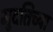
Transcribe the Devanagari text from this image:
मुदतिच्या